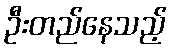
ဦးတည်နေသည့်